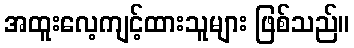
အထူးလေ့ကျင့်ထားသူများ ဖြစ်သည်။